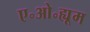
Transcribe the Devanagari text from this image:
ए॰ओ॰ह्यूम